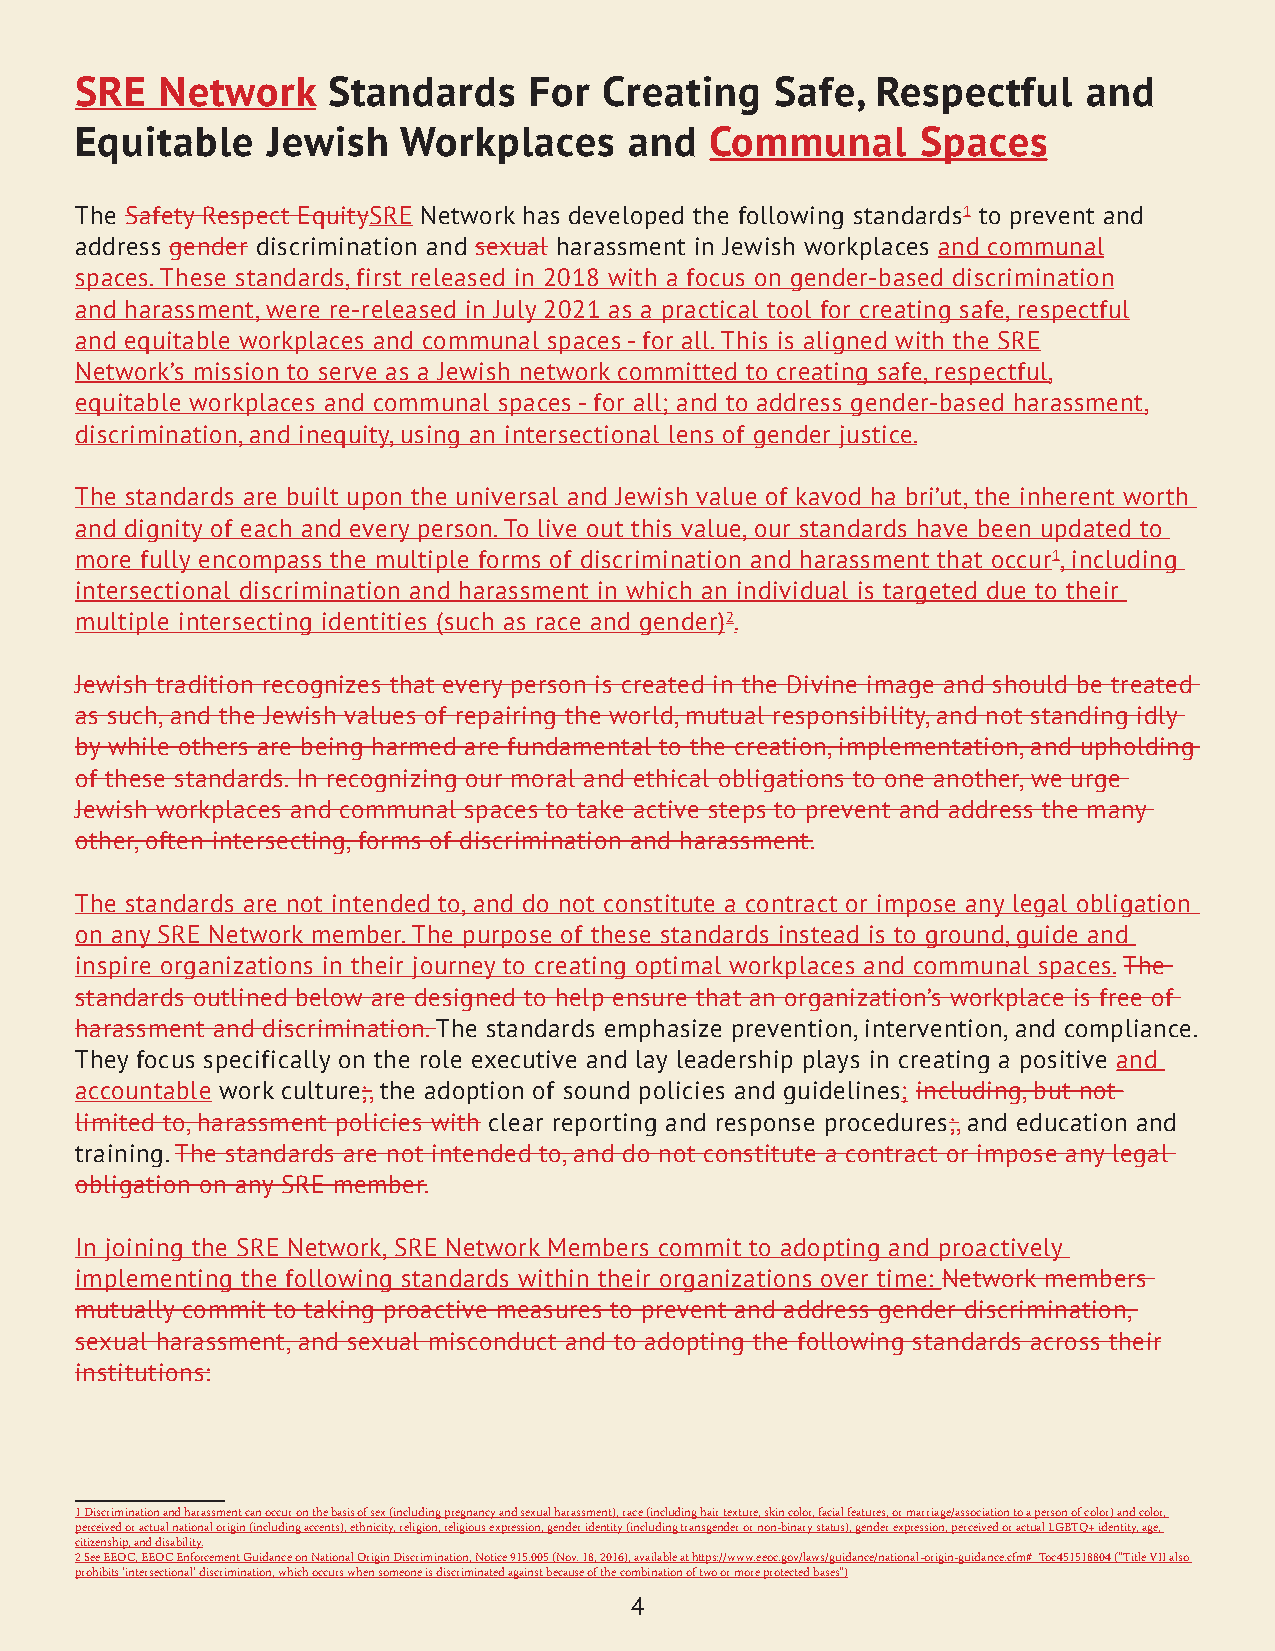
SRE   Network    Standards    For  Creating   Safe,  Respectful    and
 Equitable    Jewish   Workplaces     and  Communal      Spaces
 The Safety Respect EquitySRE Network has developed the following standards1 to prevent and
 address gender discrimination and sexual harassment in Jewish workplaces and communal
 spaces. These standards, first released in 2018 with a focus on gender-based discrimination
 and harassment, were re-released in July 2021 as a practical tool for creating safe, respectful
 and equitable workplaces and communal spaces - for all. This is aligned with the SRE
 Network’s mission to serve as a Jewish network committed to creating safe, respectful,
 equitable workplaces and communal spaces - for all; and to address gender-based harassment,
 discrimination, and inequity, using an intersectional lens of gender justice.
 The standards are built upon the universal and Jewish value of kavod ha bri’ut, the inherent worth
 and dignity of each and every person. To live out this value, our standards have been updated to
 more fully encompass the multiple forms of discrimination and harassment that occur1, including
 intersectional discrimination and harassment in which an individual is targeted due to their
 multiple intersecting identities (such as race and gender)2.
 Jewish tradition recognizes that every person is created in the Divine image and should be treated
 as such, and the Jewish values of repairing the world, mutual responsibility, and not standing idly
 by while others are being harmed are fundamental to the creation, implementation, and upholding
 of these standards. In recognizing our moral and ethical obligations to one another, we urge
 Jewish workplaces and communal spaces to take active steps to prevent and address the many
 other, often intersecting, forms of discrimination and harassment.
 The standards are not intended to, and do not constitute a contract or impose any legal obligation
 on any SRE Network member. The purpose of these standards instead is to ground, guide and
 inspire organizations in their journey to creating optimal workplaces and communal spaces. The
 standards outlined below are designed to help ensure that an organization’s workplace is free of
 harassment and discrimination. The standards emphasize prevention, intervention, and compliance.
 They focus specifically on the role executive and lay leadership plays in creating a positive and
 accountable work culture;, the adoption of sound policies and guidelines; including, but not
 limited to, harassment policies with clear reporting and response procedures;, and education and
 training. The standards are not intended to, and do not constitute a contract or impose any legal
 obligation on any SRE member.
 In joining the SRE Network, SRE Network Members commit to adopting and proactively
 implementing the following standards within their organizations over time: Network members
 mutually commit to taking proactive measures to prevent and address gender discrimination,
 sexual harassment, and sexual misconduct and to adopting the following standards across their
 institutions:
 1 Discrimination and harassment can occur on the basis of sex (including pregnancy and sexual harassment), race (including hair texture, skin color, facial features, or marriage/association to a person of color) and color,
 perceived or actual national origin (including accents), ethnicity, religion, religious expression, gender identity (including transgender or non-binary status), gender expression, perceived or actual LGBTQ+ identity, age,
 citizenship, and disability.
 2 See EEOC, EEOC Enforcement Guidance on National Origin Discrimination, Notice 915.005 (Nov. 18, 2016), available at https://www.eeoc.gov/laws/guidance/national-origin-guidance.cfm#_Toc451518804 (“Title VII also
 prohibits ‘intersectional’ discrimination, which occurs when someone is discriminated against because of the combination of two or more protected bases”)
 4